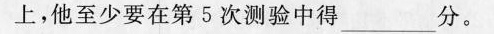
上，他至少要在第5次测验中得___分。